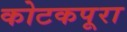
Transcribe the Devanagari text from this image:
कोटकपूरा